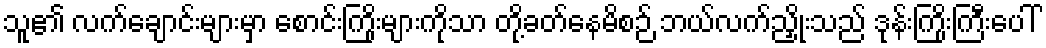
သူ၏ လက်ချောင်းများမှာ စောင်းကြိုးများကိုသာ တို့ခတ်နေမိစဉ် ဘယ်လက်ညှိုးသည် ဒုန်းကြိုးကြီးပေါ်